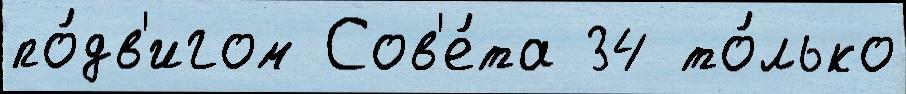
по́дв'игом Сов'е́та 34 то́лько